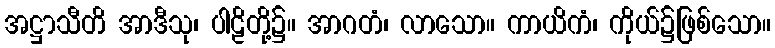
အဋ္ဌာသီတိ အာဒီသု၊ ပါဠိတို့၌။ အာဂတံ၊ လာသော။ ကာယိကံ၊ ကိုယ်၌ဖြစ်သော။